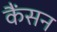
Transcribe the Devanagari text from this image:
कैंसन